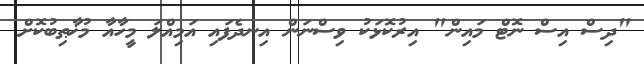
"ދިސް އިސް ނޮޓް މައިން" އިރުކޮޅަކު ވިސްނަން އިނދެފައި އަމިއްލަ މީހާއާ މުޚާޠިބުކޮށް